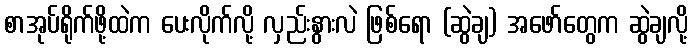
စာအုပ်ရိုက်ဖို့ထဲက ပေးလိုက်လို့ လှည်းနွားလဲ ဖြစ်ရော (ဆွဲချ) အဖော်တွေက ဆွဲချလို့